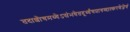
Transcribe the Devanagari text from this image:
तदाशौचमध्येऽसंभवेतदूर्ध्वंचप्रागब्दात्करणेज्ञेयं